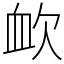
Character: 欰